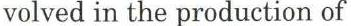
volved in the production of